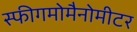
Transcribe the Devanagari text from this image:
स्फीगमोमैनोमीटर